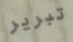
تبرير